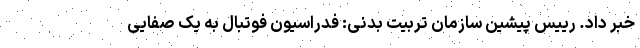
خبر داد. رییس پیشین سازمان تربیت بدنی: فدراسیون فوتبال به یک صفایی